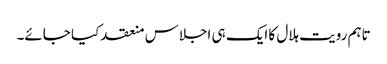
تاہم رویت ہلال کا ایک ہی اجلاس منعقد کیا جائے۔